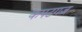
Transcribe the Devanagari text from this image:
कपटगज